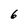
Character: 6